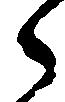
ら